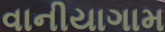
વાનીયાગામ